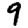
Digit: 9